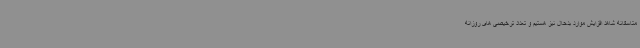
متاسفانه شاهد افزایش موارد بدحال نیز هستیم و تعداد ترخیصی های روزانه